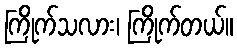
ကြိုက်သလား၊ ကြိုက်တယ်။